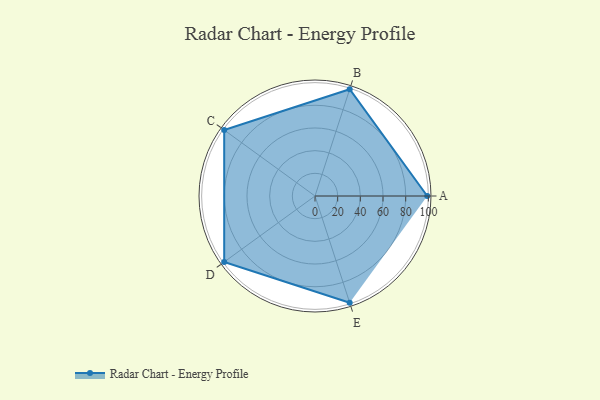
{"axis": {"x": "Skill", "y": "Score"}, "legend": ["Profile"], "data": [{"x": "A", "y": 99.0, "type": "Profile"}, {"x": "B", "y": 99, "type": "Profile"}, {"x": "C", "y": 99, "type": "Profile"}, {"x": "D", "y": 99, "type": "Profile"}, {"x": "E", "y": 99, "type": "Profile"}]}